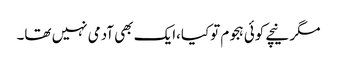
مگر نیچے کوئی ہجوم توکیا،ایک بھی آدمی نہیں تھا۔